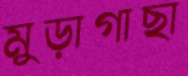
মুড়াগাছা